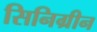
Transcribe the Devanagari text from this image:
सिनिग्रीन